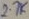
Text: 2.7K